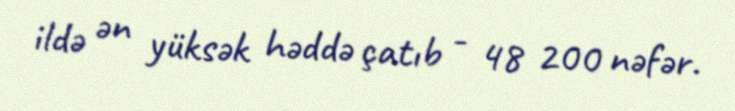
ildə ən yüksək həddə çatıb - 48 200 nəfər.